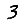
Digit: 3